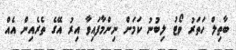
ބާތިލް ހަތަރު ވޯޓު ލިބުނު ކަމަށް ނިންމާފައިވާ އިރު އޭގެ ތެރެއިން އެއް